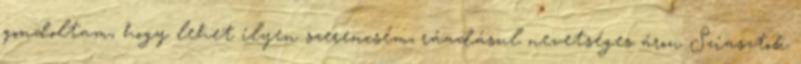
gondoltam, hogy lehet ilyen szerencsém, ráadásul nevetséges áron Sziasztok